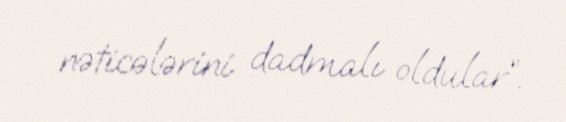
nəticələrini dadmalı oldular”.